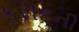
ફરીદની